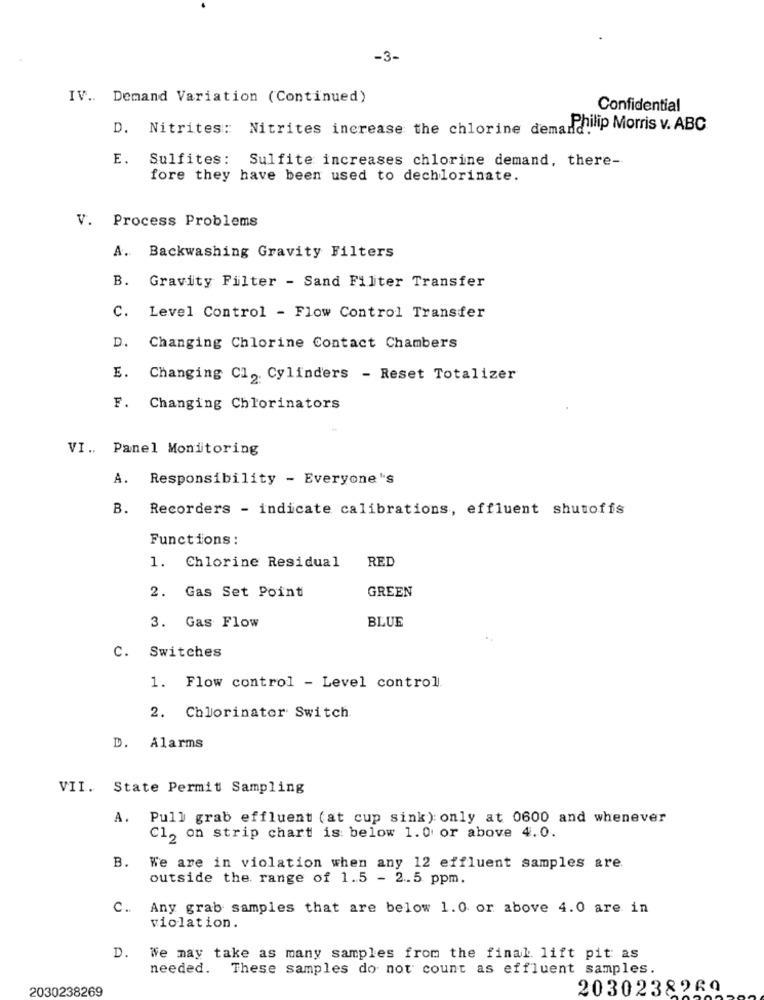
-3-
IV .. Demand Variation (Continued)
Confidential
D. Nitrites: Nitrites increase the chlorine demand.
Philip Morris v. ABC
E. Sulfites: Sulfite increases chlorine demand, there-
fore they have been used to dechlorinate.
V. Process Problems
A. Backwashing Gravity Filters
B.
Gravity Filter - Sand Filter Transfer
c.
Level Control - Flow Control Transfer
D.
Changing Chlorine Contact Chambers
E.
Changing Cl, Cylinders - Reset Totalizer
F. Changing Chlorinators
VI .. Panel Monitoring
A. Responsibility - Everyone's
B. Recorders - indicate calibrations, effluent shutoffs
Functions :
RED
1. Chlorine Residual
GREEN
2. Gas Set Point
3. Gas Flow
BLUE
Switches
C.
1. Flow control - Level control
2. Chlorinator Switch
D.
Alarms
VII. State Permit Sampling
A. Pull grab effluent (at cup sink ) only at 0600 and whenever
Cl, on strip chart is below 1.0 or above 4.0.
B.
We are in violation when any 12 effluent samples are.
outside the range of 1.5 - 2.5 ppm.
C. Any grab samples that are below 1.0 or above 4.0 are in
violation.
D. We may take as many samples from the final lift pit as
needed. These samples do not count as effluent samples.
2030238269
2030238260